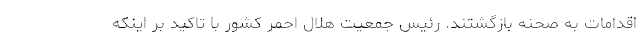
اقدامات به صحنه بازگشتند. رئیس جمعیت هلال احمر کشور با تاکید بر اینکه